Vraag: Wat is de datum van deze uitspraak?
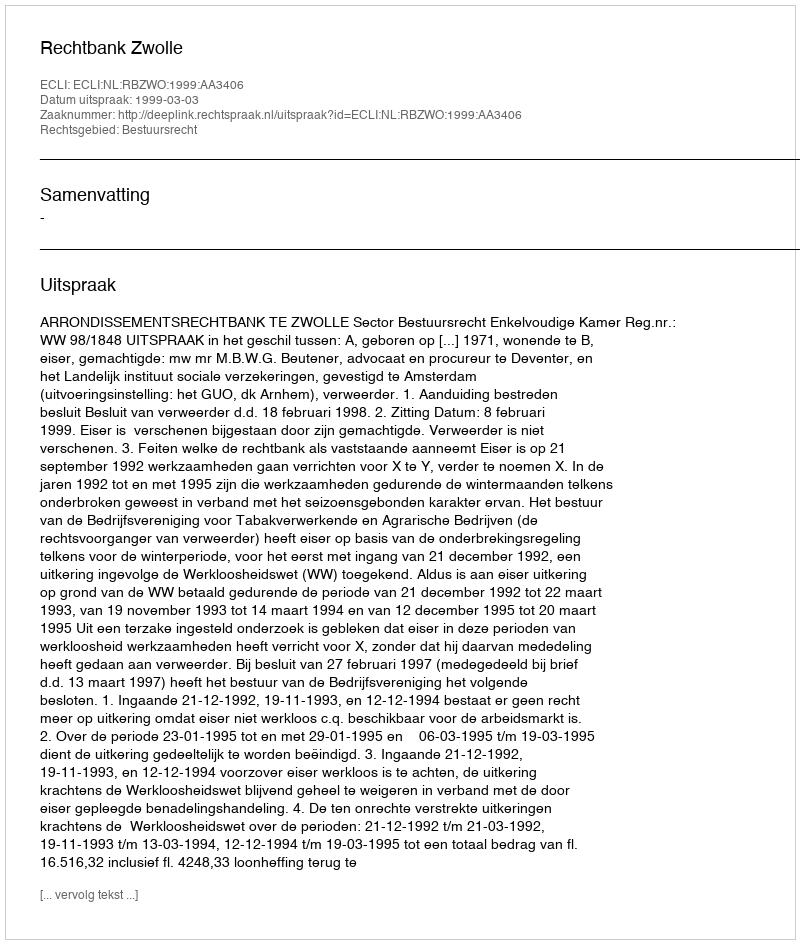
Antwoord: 1999-03-03